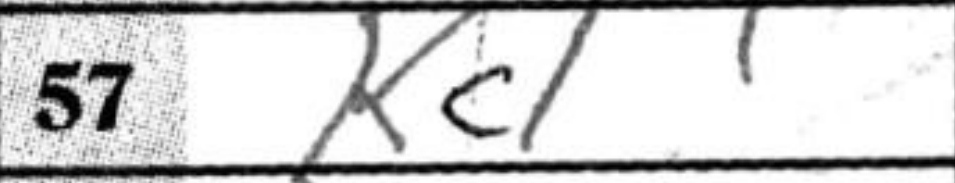
Transcription: Kc1